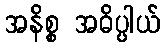
အနိစ္စ အဓိပ္ပါယ်